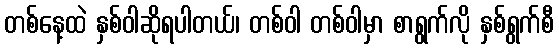
တစ်နေ့ထဲ နှစ်ဝါဆိုရပါတယ်၊ တစ်ဝါ တစ်ဝါမှာ စာရွက်လို နှစ်ရွက်စီ